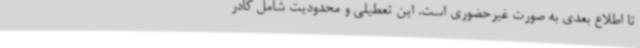
تا اطلاع بعدی به صورت غیرحضوری است. این تعطیلی و محدودیت شامل کادر